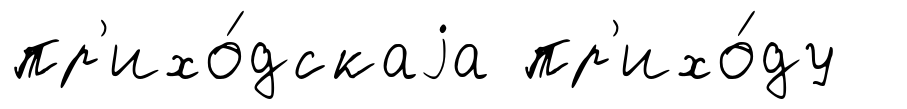
пр'ихо́дскаjа пр'ихо́ду